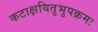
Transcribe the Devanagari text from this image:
कटाक्षयितुभुपक्रमः